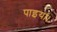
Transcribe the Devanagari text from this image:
पाइया।